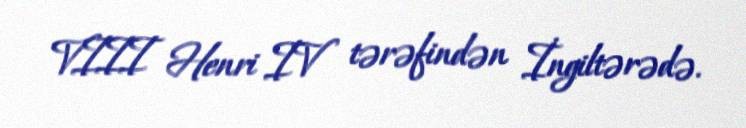
VIII Henri IV tərəfindən İngiltərədə.